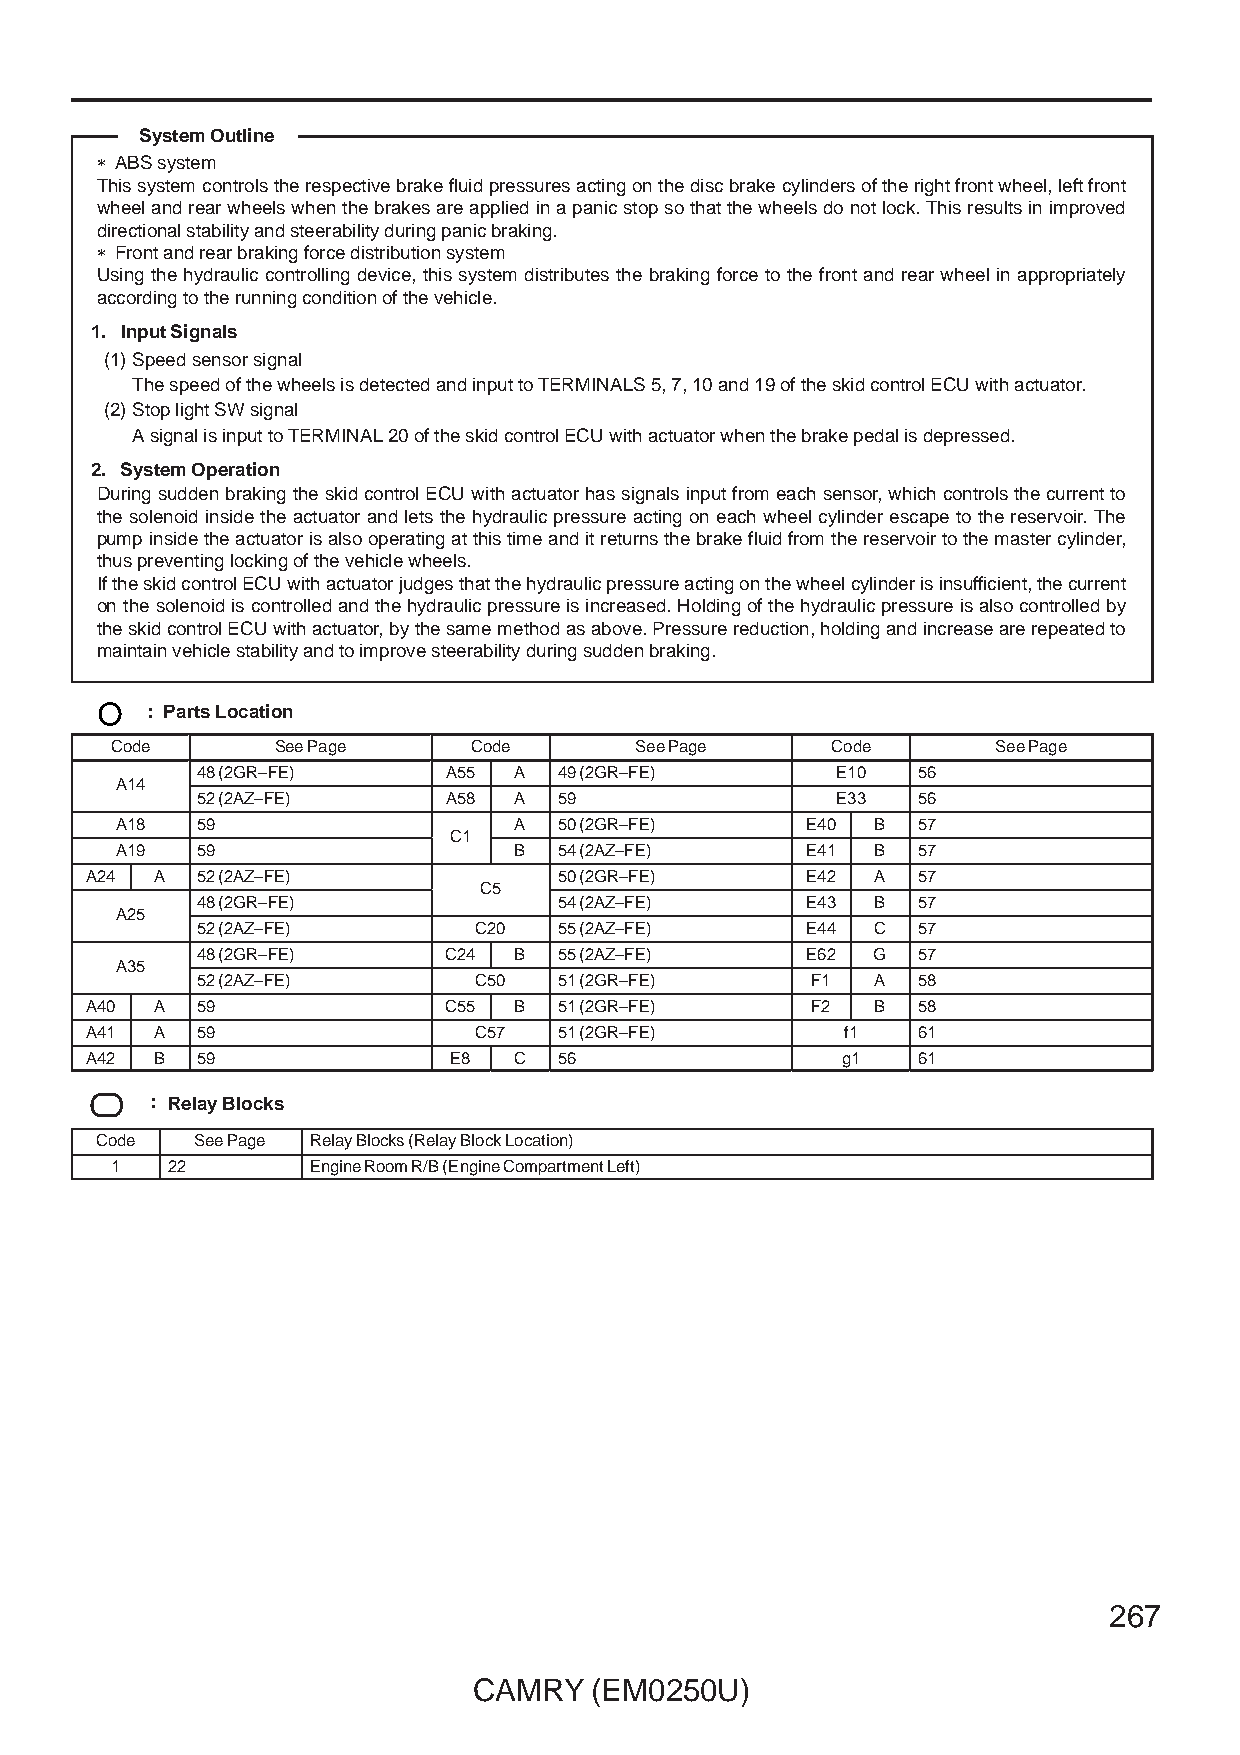
System Outline
 ∗ ABS system
 This system controls the respective brake fluid pressures acting on the disc brake cylinders of the right front wheel, left front
 wheel and rear wheels when the brakes are applied in a panic stop so that the wheels do not lock. This results in improved
 directional stability and steerability during panic braking.
 ∗ Front and rear braking force distribution system
 Using the hydraulic controlling device, this system distributes the braking force to the front and rear wheel in appropriately
 according to the running condition of the vehicle.
 1. Input Signals
 (1)Speed sensor signal
 The speed of the wheels is detected and input to TERMINALS 5, 7, 10 and 19 of the skid control ECU with actuator.
 (2)Stop light SW signal
 A signal is input to TERMINAL 20 of the skid control ECU with actuator when the brake pedal is depressed.
 2. System Operation
 During sudden braking the skid control ECU with actuator has signals input from each sensor, which controls the current to
 the solenoid inside the actuator and lets the hydraulic pressure acting on each wheel cylinder escape to the reservoir. The
 pump inside the actuator is also operating at this time and it returns the brake fluid from the reservoir to the master cylinder,
 thus preventing locking of the vehicle wheels.
 If the skid control ECU with actuator judges that the hydraulic pressure acting on the wheel cylinder is insufficient, the current
 on the solenoid is controlled and the hydraulic pressure is increased. Holding of the hydraulic pressure is also controlled by
 the skid control ECU with actuator, by the same method as above. Pressure reduction, holding and increase are repeated to
 maintain vehicle stability and to improve steerability during sudden braking.
 : Parts Location
 Code       See Page     Code       See Page     Code       See Page
 48 (2GR–FE)     A55  A  49 (2GR–FE)       E10   56
 AA1144
 52 (2AZ–FE)     A58  A  59                E33   56
 A18  59                   A  50 (2GR–FE)     E40  B  57
 CC11
 A19  59                   B  54 (2AZ–FE)     E41  B  57
 A24 A  52 (2AZ–FE)             50 (2GR–FE)     E42  A  57
 CC55
 48 (2GR–FE)             54 (2AZ–FE)     E43  B  57
 AA2255
 52 (2AZ–FE)       C20   55 (2AZ–FE)     E44  C  57
 48 (2GR–FE)     C24  B  55 (2AZ–FE)     E62  G  57
 AA3355
 52 (2AZ–FE)       C50   51 (2GR–FE)      F1  A  58
 A40 A  59              C55  B  51 (2GR–FE)      F2  B  58
 A41 A  59                C57   51 (2GR–FE)        f1   61
 A42 B  59               E8  C  56                 g1   61
 : Relay Blocks
 Code   See Page Relay Blocks (Relay Block Location)
 1   22       Engine Room R/B (Engine Compartment Left)
 267
 CAMRY   (EM0250U)